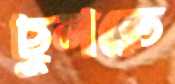
ছুলতে